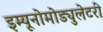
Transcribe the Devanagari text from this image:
इम्यूनोमोड्युलेटरी